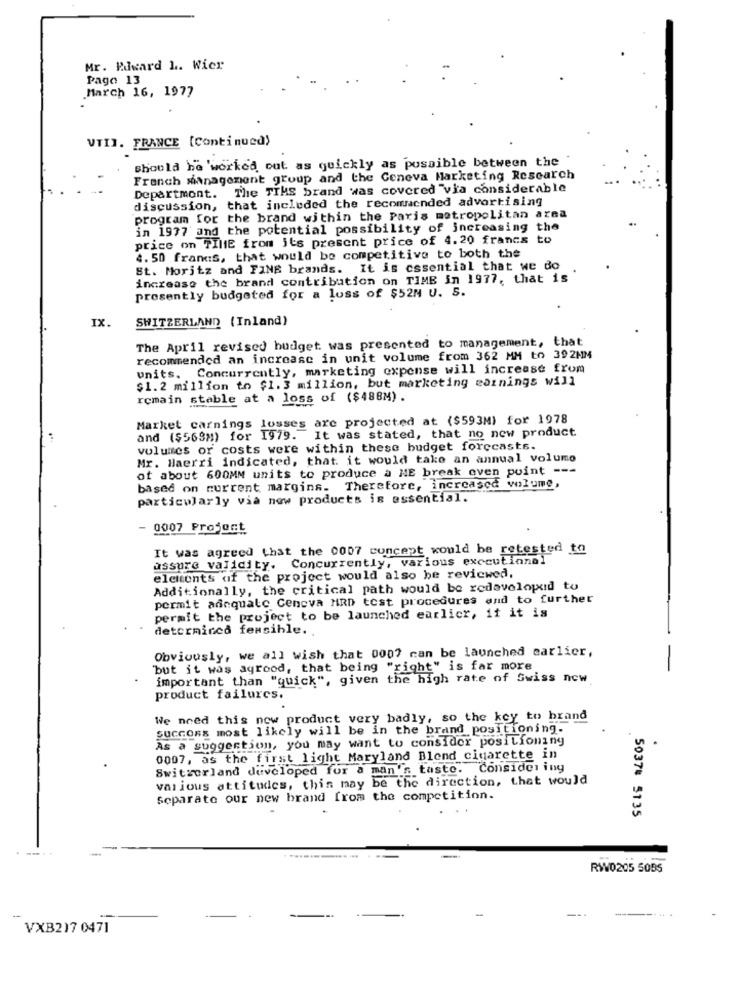
Mr. Edward L. Wier
Paga 13
March 16, 1977
VTII. FRANCE [Continued)
should be 'worked out as quickly as possible between the
French management group and the Ceneva Marketing Research
Department. The TIME brand was covered "via considerable
discussion, that included the recommended advertising
program for the brand within the Paris metropolitan area
in 1977 and the potential possibility of increasing the
price on TIME from its present price of 4.20 francs to
4. 50 francs, that would be competitive to both the
St. Moritz and FINE brands. It is essential that we do
increase the brand contribution on TIME in 1977, that is
presently budgeted for a loss of $52N U. S.
IX.
SWITZERLAND (Inland)
The April revised budget was presented to management, that
recommended an increase in unit volume from 362 MM to 392MM
units. Concurrently, marketing expense will increase from
$1.2 million to $1.3 million, but marketing earnings will
remain stable at a loss of ($488M).
Market carnings losses are projected at ($593M) for 1978
and ($569M) for 1979. It was stated, that no new product
volumes or costs were within these budget forecasts.
Mr. Haerri indicated, that. it would take an annual volume
ot about 600MM units to produce a NE break even point ---
based on current margins. Therefore, increased volume,
particularly via new products is essential.
- 0007 Projomt
It was agreed that the 0007 concept would be retested to
ussure validity. Concurrently, various executionel
elements of the project would also be reviewed,
Additionally, the critical path would be redeveloped to
permit adequate Cencva MRD tost procedures and to further
permit the project to be launched earlier, if it is
determined feasible.
Obviously, we all wish that 0007 can be launched earlier,
'but it was agreed, that being "right" is far more
important than "quick", given the high rate of Swiss new
product failures.
We need this new product very badly, so the key to brand
succons most likely will be in the brand positioning.
As a suggestion, you may want to consider positioning
0007, as the first light Maryland Blend cigarette in
Switzerland developed for a man's taste. Considering
various attitudes, this may be the direction, that would
Separate our new brand from the competition.
5037# 5135
RW0205 5095
VXB217 0471